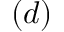
( d )